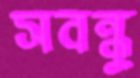
সবন্ধু